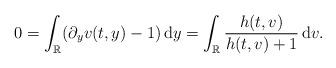
LaTeX: \begin{align*}0=\int_{\mathbb{R}}(\partial_yv(t,y)-1)\,\mathrm{d}y=\int_{\mathbb{R}}\frac{h(t,v)}{h(t,v)+1}\,\mathrm{d}v.\end{align*}